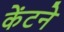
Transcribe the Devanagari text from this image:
केंटने